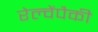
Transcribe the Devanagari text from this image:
रेल्वेंपैकी